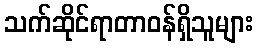
သက်ဆိုင်ရာတာဝန်ရှိသူများ